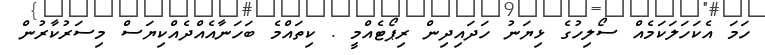
ހަމަ އެކަހަލަކަމެއް ސޯލިހުގެ ޅިޔަނު ހަދައިދިން ރިޕޯޓެއްމީ . ކިތައްމެ ބަހަނާއެއްދެއްކިޔަސް މިސަރުކާރުން